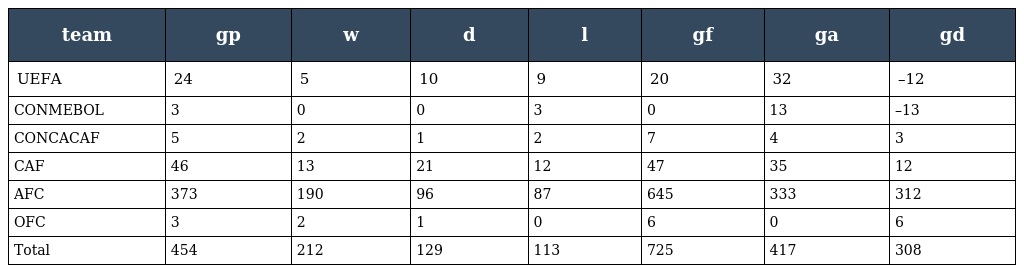
| team | gp | w | d | l | gf | ga | gd |
 | --- | --- | --- | --- | --- | --- | --- | --- |
 | UEFA | 24 | 5 | 10 | 9 | 20 | 32 | –12 |
 | CONMEBOL | 3 | 0 | 0 | 3 | 0 | 13 | –13 |
 | CONCACAF | 5 | 2 | 1 | 2 | 7 | 4 | 3 |
 | CAF | 46 | 13 | 21 | 12 | 47 | 35 | 12 |
 | AFC | 373 | 190 | 96 | 87 | 645 | 333 | 312 |
 | OFC | 3 | 2 | 1 | 0 | 6 | 0 | 6 |
 | Total | 454 | 212 | 129 | 113 | 725 | 417 | 308 |